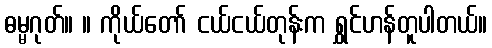
ဓမ္မဂုတ်။ ။ ကိုယ်တော် ငယ်ငယ်တုန်းက ရွှင်ဟန်တူပါတယ်။